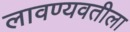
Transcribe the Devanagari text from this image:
लावण्यवतीला